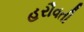
હરૌવતી